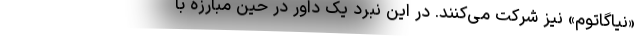
«نیاگاتوم» نیز شرکت می‌کنند. در این نبرد یک داور در حین مبارزه با